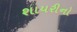
શાયરીનો